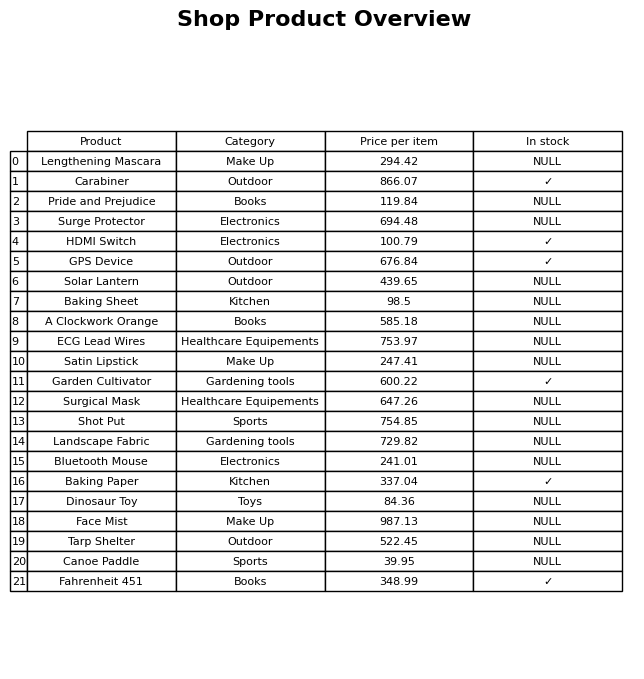
question: What is the price of the Garden Cultivator?
answer: The price of Garden Cultivator is 600.22.